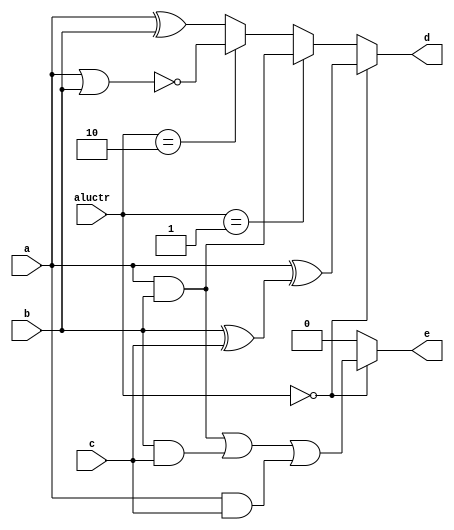
`timescale 1ns/100ps
//////////////////////////////////////////////////////////////////////////////////
// Company: 
// Engineer: 
// 
// Design Name: 
// Module Name: lab1_2
// Project Name: 
// Target Devices: 
// Tool Versions: 
// Description: 
// 
// Dependencies: 
// 
// Revision:
// Revision 0.01 - File Created
// Additional Comments:
// 
//////////////////////////////////////////////////////////////////////////////////

module lab1_2 (a, b, c, aluctr, d, e);
	input a, b, c;
	input [1:0] aluctr;
	output d, e;
	
	assign d = (aluctr == 2'b00) ? a^(b^c) : 
			   (aluctr == 2'b01) ? a&b : 
			   (aluctr == 2'b10) ? !(a|b) : a^b;
	assign e = (aluctr == 2'b00) ? (a&b)|(b&c)|(a&c) : 0;

endmodule